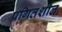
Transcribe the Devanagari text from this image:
प्रगितशील